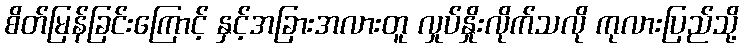
စိတ်မြန်ခြင်းကြောင့် နှင့်အခြားအလားတူ လှုပ်နှိုးလိုက်သလို ကုလားပြည်သို့